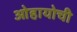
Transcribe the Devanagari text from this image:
ओहायोची